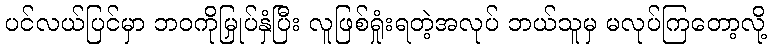
ပင်လယ်ပြင်မှာ ဘဝကိုမြှုပ်နှံပြီး လူဖြစ်ရှုံးရတဲ့အလုပ် ဘယ်သူမှ မလုပ်ကြတော့လို့